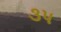
૩પ